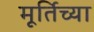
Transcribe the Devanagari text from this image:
मूर्तिच्या